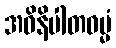
အဝိနိပါတဓမ္မံ